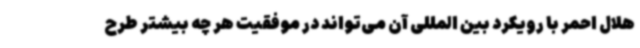
هلال احمر با رویکرد بین المللی آن می‌تواند در موفقیت هر چه بیشتر طرح